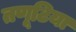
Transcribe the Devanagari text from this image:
तणूटिया